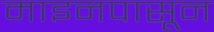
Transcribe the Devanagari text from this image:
माइनपासून